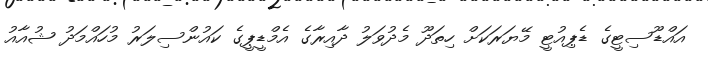
އައްޑޫސިޓީގެ ޑެޕިއުޓީ މޭޔަރަކަށް ހިތަދޫ މެދުވަލު ދާއިރާގެ އެމްޑީޕީގެ ކައުންސިލަރު މުހައްމަދު ޝުއާއު